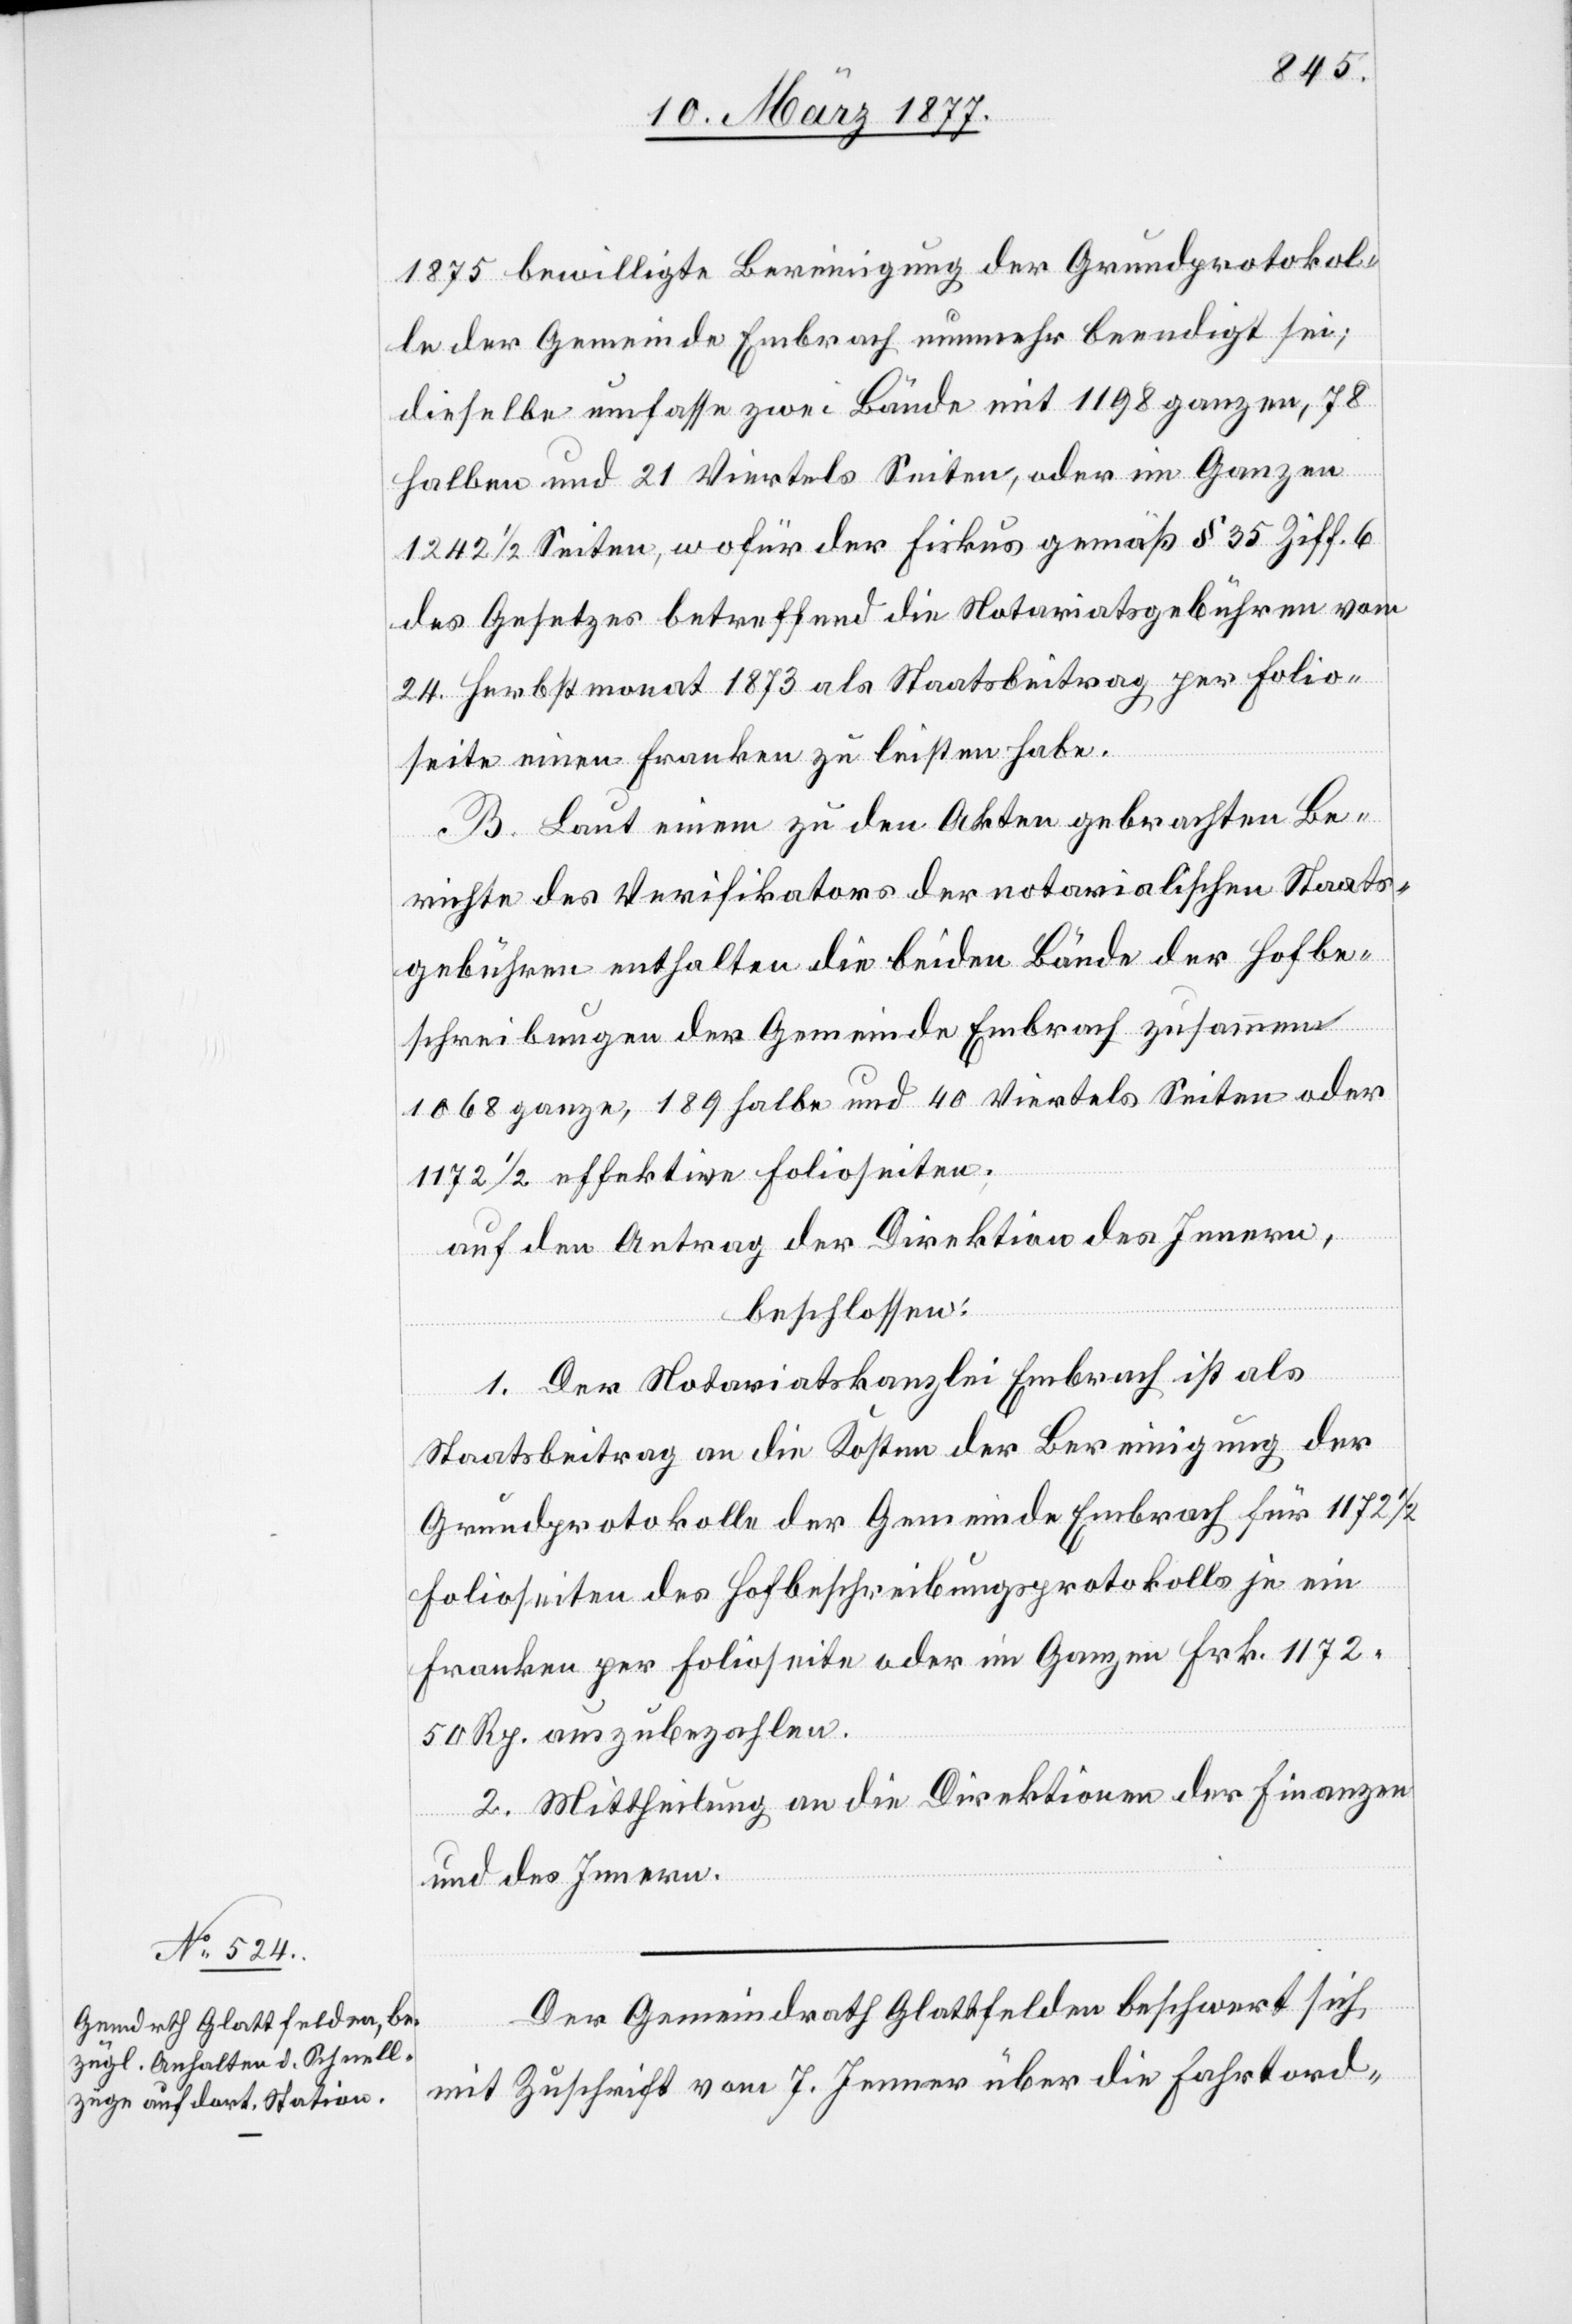
1875 bewilligte Bereinigung der Grundprotokol¬
le der Gemeinde Embrach nunmehr beendigt sei;
dieselbe umfasse zwei Bände mit 1198 ganzen, 78
halben und 21 Viertels Seiten, oder im Ganzen
1242 1/2 Seiten, wofür der Fiskus gemäß § 35 Ziff. 6
des Gesetzes betreffend die Notariatsgebühren vom
24. Herbstmonat 1873 als Staatsbeitrag per Folio¬
seite einen Franken zu leisten habe.
B. Laut einem zu den Akten gebrachten Be¬
richte des Verifikators der notarialischen Staats¬
gebühren enthalten die beiden Bände der Hofbe¬
schreibungen der Gemeinde Embrach zusammen
1068 ganze, 189 halbe und 40 Viertels Seiten oder
1172 1/2 effektive Folioseiten.
auf den Antrag der Direktion des Innern,
beschlossen:
1. Der Notariatskanzlei Embrach ist als
Staatsbeitrag an die Kosten der Bereinigung der
Grundprotokolle der Gemeinde Embrach für 1172
Folioseiten des Hofbeschreibungsprotokolls je ein
Franken per Folioseite oder im Ganzen Frk. 1172
50 Rp. auszubezahlen.
2. Mittheilung an die Direktionen der Finanzen
und des Innern.
Der Gemeindrath Glattfelden beschwert sich
mit Zuschrift vom 7. Jenner über die Fahrtord-